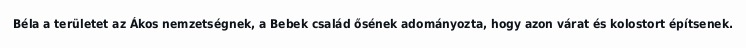
Béla a területet az Ákos nemzetségnek, a Bebek család ősének adományozta, hogy azon várat és kolostort építsenek.